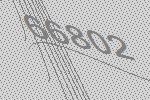
66802